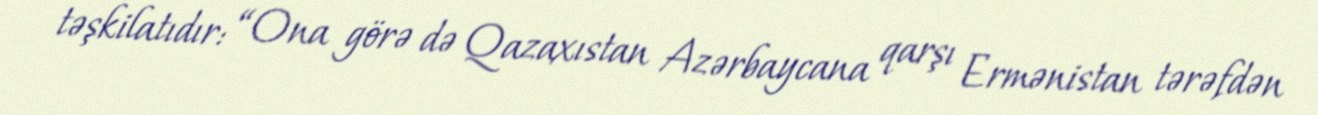
təşkilatıdır: “Ona görə də Qazaxıstan Azərbaycana qarşı Ermənistan tərəfdən